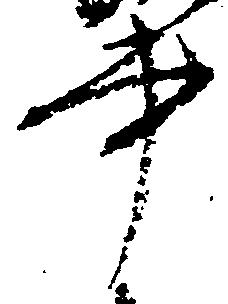
書